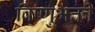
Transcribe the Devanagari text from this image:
विष्णुभक्ती